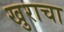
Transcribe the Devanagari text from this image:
खुराचा